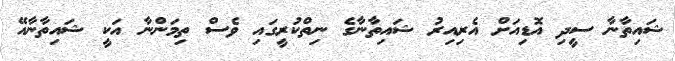
ޝައިތާނާ ސީދި އޮޑިއަށް އެރިއިރު ޝައިތާނާގެ ނިތްކުރީގައި ވެސް ތިމަންނާ އަކީ ޝައިތާނާއޭ